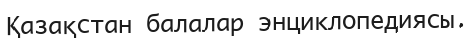
Қазақстан балалар энциклопедиясы.